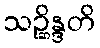
သဉ္ဆိန္ဒတိ